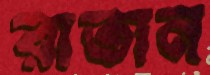
রাতান